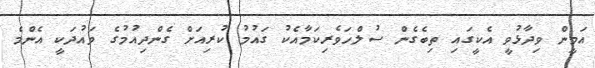
އަމީން ވިދާޅުވީ އެކީގައި ތިބެގެން ސުލްހަވެރިކަމާއެކު ގައުމު ކުރިއަށް ގެންދިއުމުގެ ވައުދަކީ އެންމެ